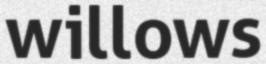
willows